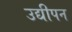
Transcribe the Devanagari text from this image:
उद्यीपन